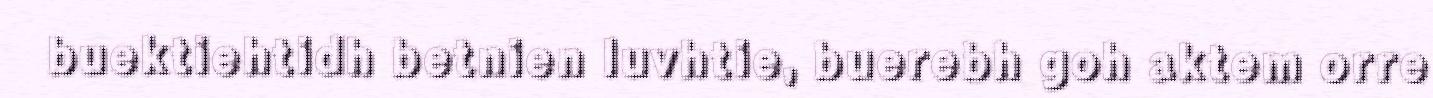
buektiehtidh betnien luvhtie, buerebh goh aktem orre